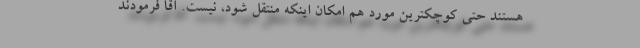
هستند حتی کوچکترین مورد هم امکان اینکه منتقل شود، نیست. آقا فرمودند